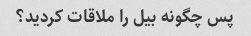
پس چگونه بیل را ملاقات کردید؟